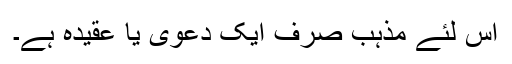
اس لئے مذہب صرف ایک دعویٰ یا عقیدہ ہے۔